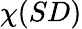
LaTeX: \chi(SD)